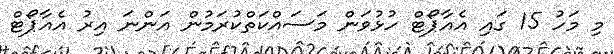
މި މަހު 15 ގައި އެއާޕޯޓް ހުޅުވަން މަސައްކަތްކުރަމުން އަންނަ އިރު އެއާޕޯޓް